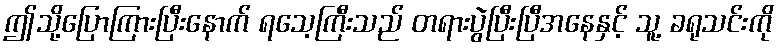
ဤသို့ပြောကြားပြီးနောက် ရသေ့ကြီးသည် တရားပွဲပြီးပြီအနေနှင့် သူ့ ခရုသင်းကို